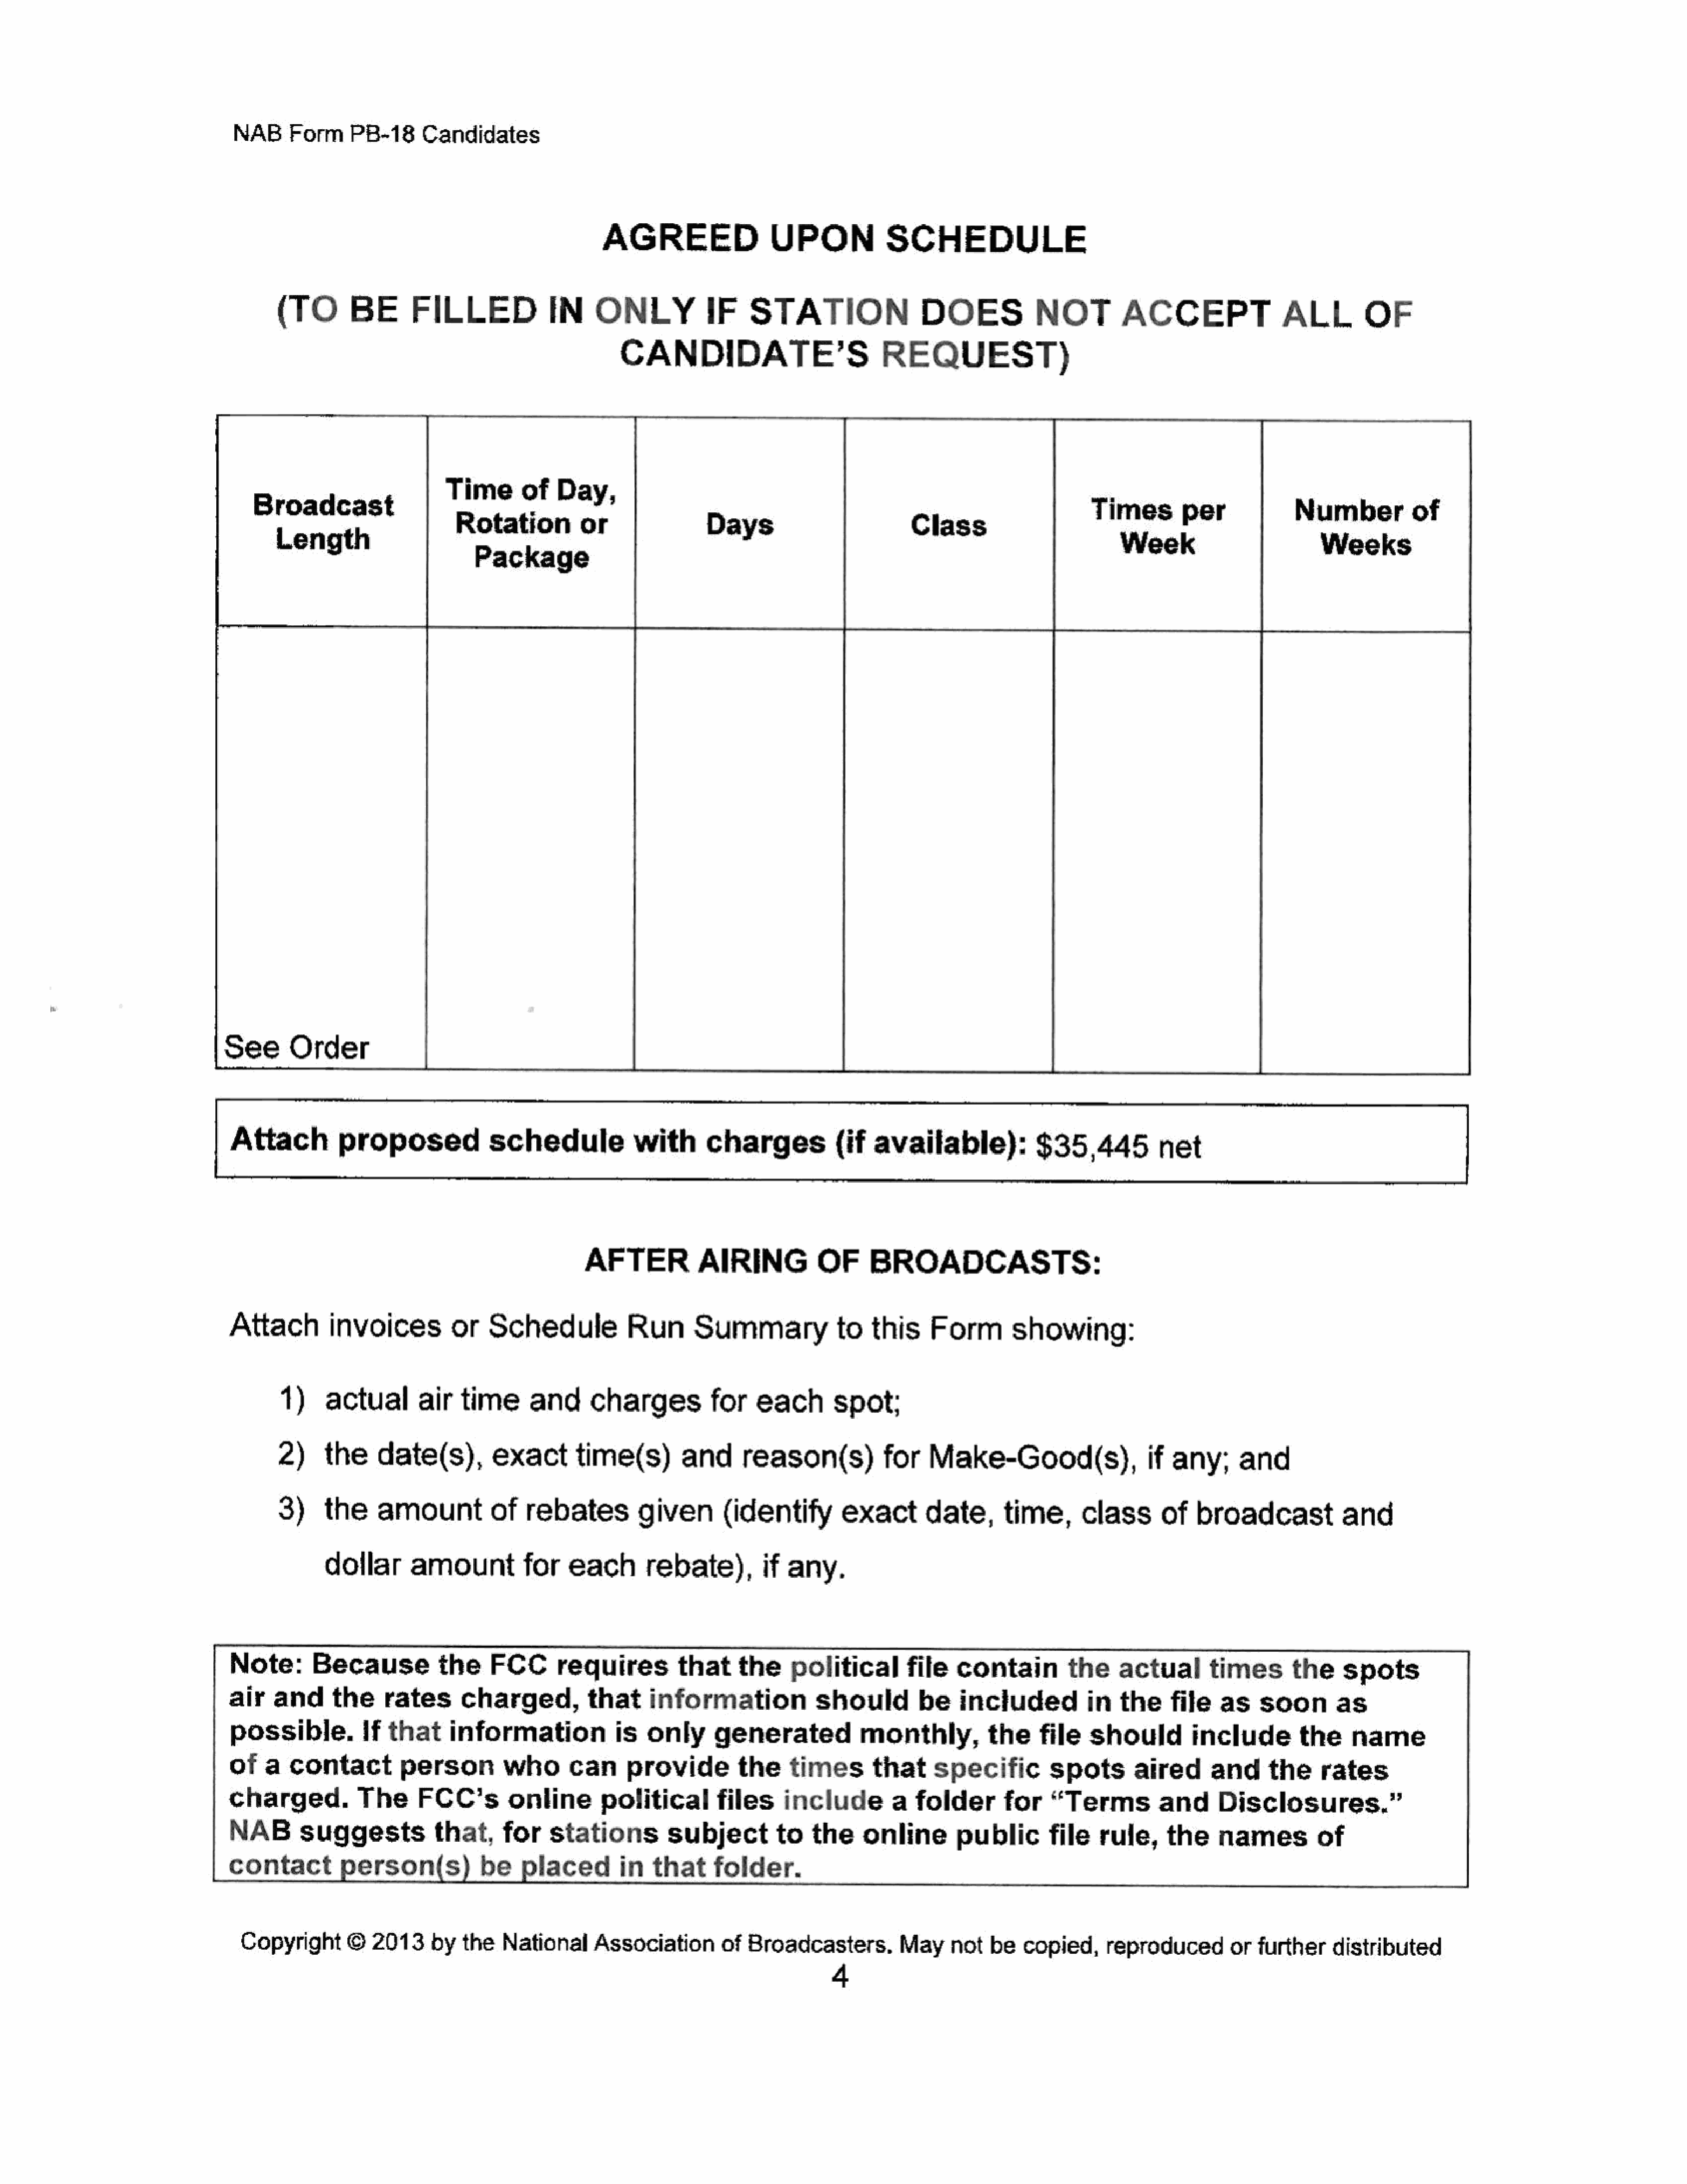
NAB     Form     PB-18     Candidates
 AGREED                  UPON             SCHEDULE
 (TO       BE       FILLED              IN    ONLYIF                STATION                  DOES            NOT         ACCEPT                 ALL         OF
 CANDIDATE’S                          REQUEST)
 Time       of   Day                                                                            °
 Broadcast                               ;                                                                               Times        per             Numberof
 Length                   eae                                 Days                         Glass                         Week                         Weeks
 See      Order
 Attach          proposed             schedule             with      charges(if              available):            $35,445           net
 AFTERAIRING                      OF     BROADCASTS:
 Attach        invoices          or   Schedule            Run      Summary              to   this    Form        showing:
 1)     actualair          time      and     charges           for   each       spot;
 2)    the     date(s),        exact       time(s)        and      reason(s)           for    Make-Good(s),                if    any;     and
 3)    the     amountof             rebates         given(identify               exact       date,      time,       class      of   broadcast            and
 dollar      amountfor             each       rebate),         if  any.
 Note    :   Becausethe               FCC       requiresthat              the    political        file   contain         the    actual       times       the    spots
 air   and      the    rates      charged,that               information             should        be    includedin             thefile        as   soon       as
 possible.If           that     information             is   only     generated            monthly,the               file   should         include        the    name
 of   a  contact         person         whocanprovide                    the     times       that     specific        spots       aired      and     the     rates
 charged.          The      FCC’s        onlinepoliticalfiles                   include         a  folder       for   “Terms          and     Disclosures.”
 NAB   suggeststhat,                    for    stations        subject         to   the    online        publicfile          rule,     the    names         of
 contact         person(s)           be    placedin          that     folder.
 Copyright       ©  2013     by  the   National     Association       of  Broadcasters.         May    not   be  copied,     reproducedorfurtherdistributed
 4